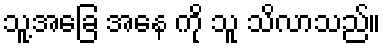
သူ့အခြေ အနေ ကို သူ သိလာသည်။